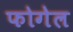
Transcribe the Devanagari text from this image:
फोगेल